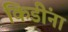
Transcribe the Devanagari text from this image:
किडींना